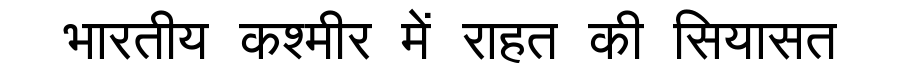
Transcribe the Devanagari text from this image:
भारतीय कश्मीर में राहत की सियासत